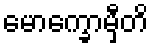
မောက္ခောမှီတိ